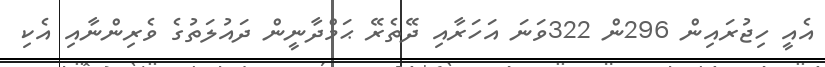
އެއީ ހިޖުރައިން 296ން 322ވަނަ އަހަރާއި ދޭތެރޭ ޙަމްދާނީން ދައުލަތުގެ ވެރިންނާއި އެކި